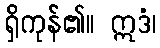
ရှိကုန်၏။ ဣဒံ၊